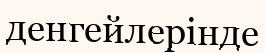
денгейлерінде